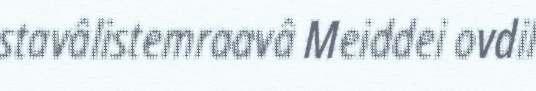
stavâlistemraavâ Meiddei ovdil